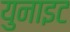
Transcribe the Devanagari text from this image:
युनाइट